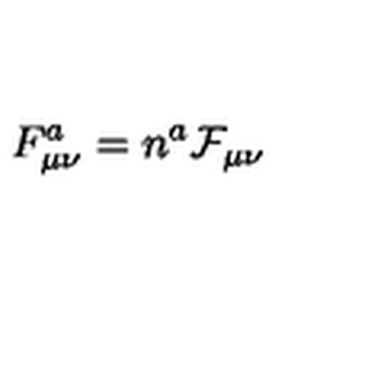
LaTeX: F _ { \mu \nu } ^ { a } = n ^ { a } \mathcal { F } _ { \mu \nu }